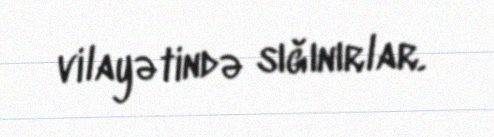
vilayətində sığınırlar.